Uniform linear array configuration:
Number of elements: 12
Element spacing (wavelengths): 0.75
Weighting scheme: hann
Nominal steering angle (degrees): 30
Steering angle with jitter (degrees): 29.041
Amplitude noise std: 0.05
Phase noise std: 0.05

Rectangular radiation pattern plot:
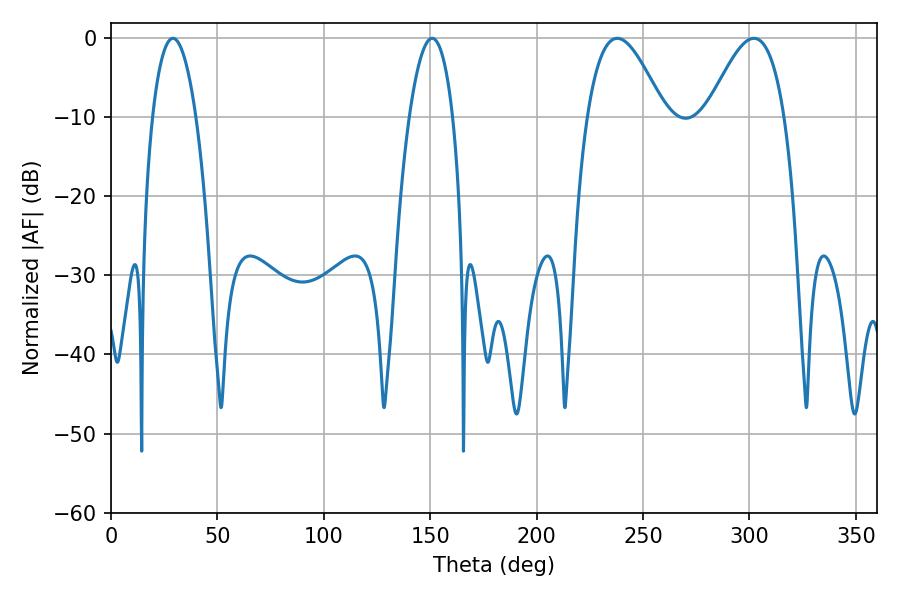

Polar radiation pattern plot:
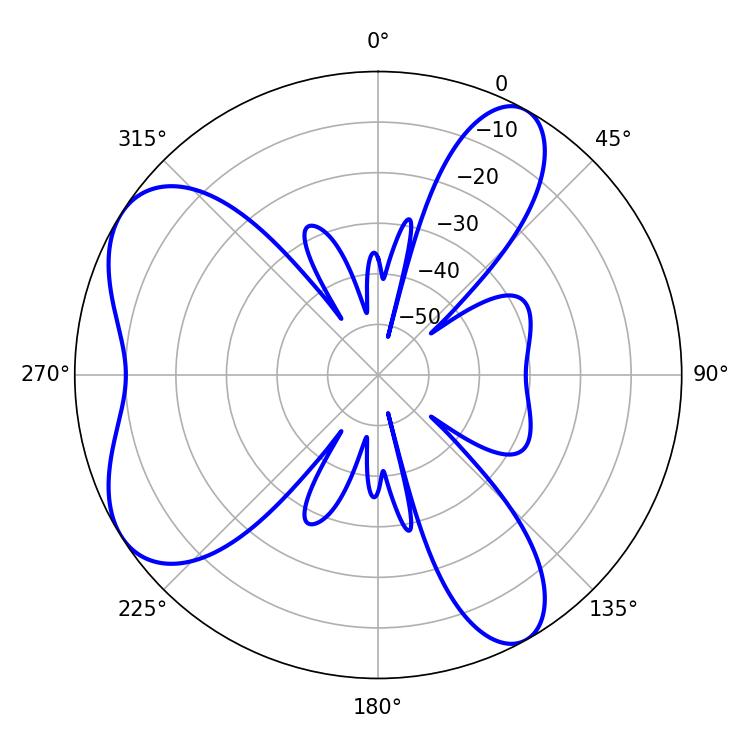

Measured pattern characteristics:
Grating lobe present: TRUE
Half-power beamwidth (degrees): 19.62
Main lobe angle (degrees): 237.96